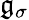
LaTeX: \mathfrak{g}_{\sigma}